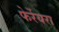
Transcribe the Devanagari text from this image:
फेर्रेयरा